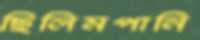
ছিলিমপানি